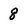
Character: 8